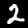
Label: 2